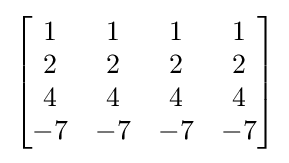
{\begin{bmatrix}1&1&1&1\\2&2&2&2\\4&4&4&4\\-7&-7&-7&-7\end{bmatrix}}